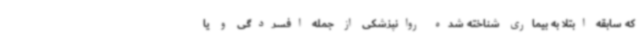
که سابقه ابتلا به بیماری شناخته شده روانپزشکی از جمله افسردگی و یا